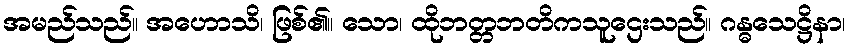
အမည်သည်။ အဟောသိ၊ ဖြစ်၏။ သော၊ ထိုဘတ္တဘတိကသူဌေးသည်။ ဂန္ဓသေဋ္ဌိနာ၊